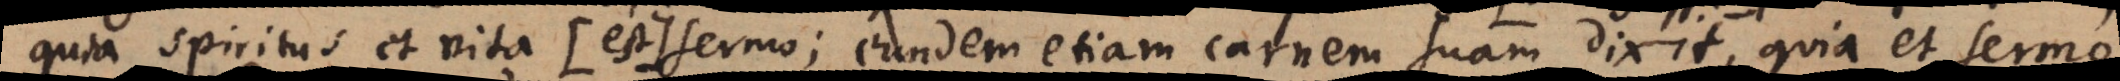
quia spiritus et vita (: est:) sermo; eundem etiam carnem suam dixit, quia et sermo